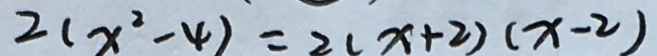
2 ( x ^ { 2 } - 4 ) = 2 ( x + 2 ) ( x - 2 )